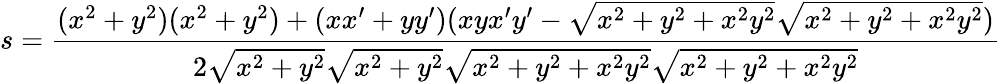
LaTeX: s={\frac{(x^{2}+y^{2})(x^{2}+y^{2})+(xx^{\prime}+yy^{\prime})(xyx^{\prime}y^{\prime}-{\sqrt{x^{2}+y^{2}+x^{2}y^{2}}}{\sqrt{x^{2}+y^{2}+x^{2}y^{2}}})}{2{\sqrt{x^{2}+y^{2}}}{\sqrt{x^{2}+y^{2}}}{\sqrt{x^{2}+y^{2}+x^{2}y^{2}}}{\sqrt{x^{2}+y^{2}+x^{2}y^{2}}}}}